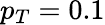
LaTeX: p_{T}=0.1